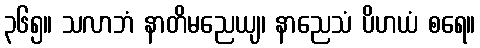
၃၆၅။ သလာဘံ နာတိမညေယျ၊ နာညေသံ ပိဟယံ စရေ။